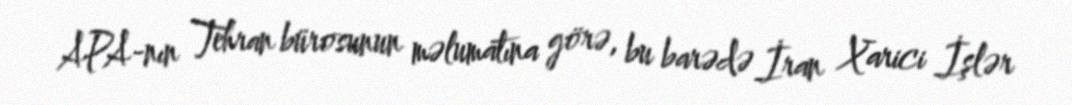
APA-nın Tehran bürosunun məlumatına görə, bu barədə İran Xarici İşlər